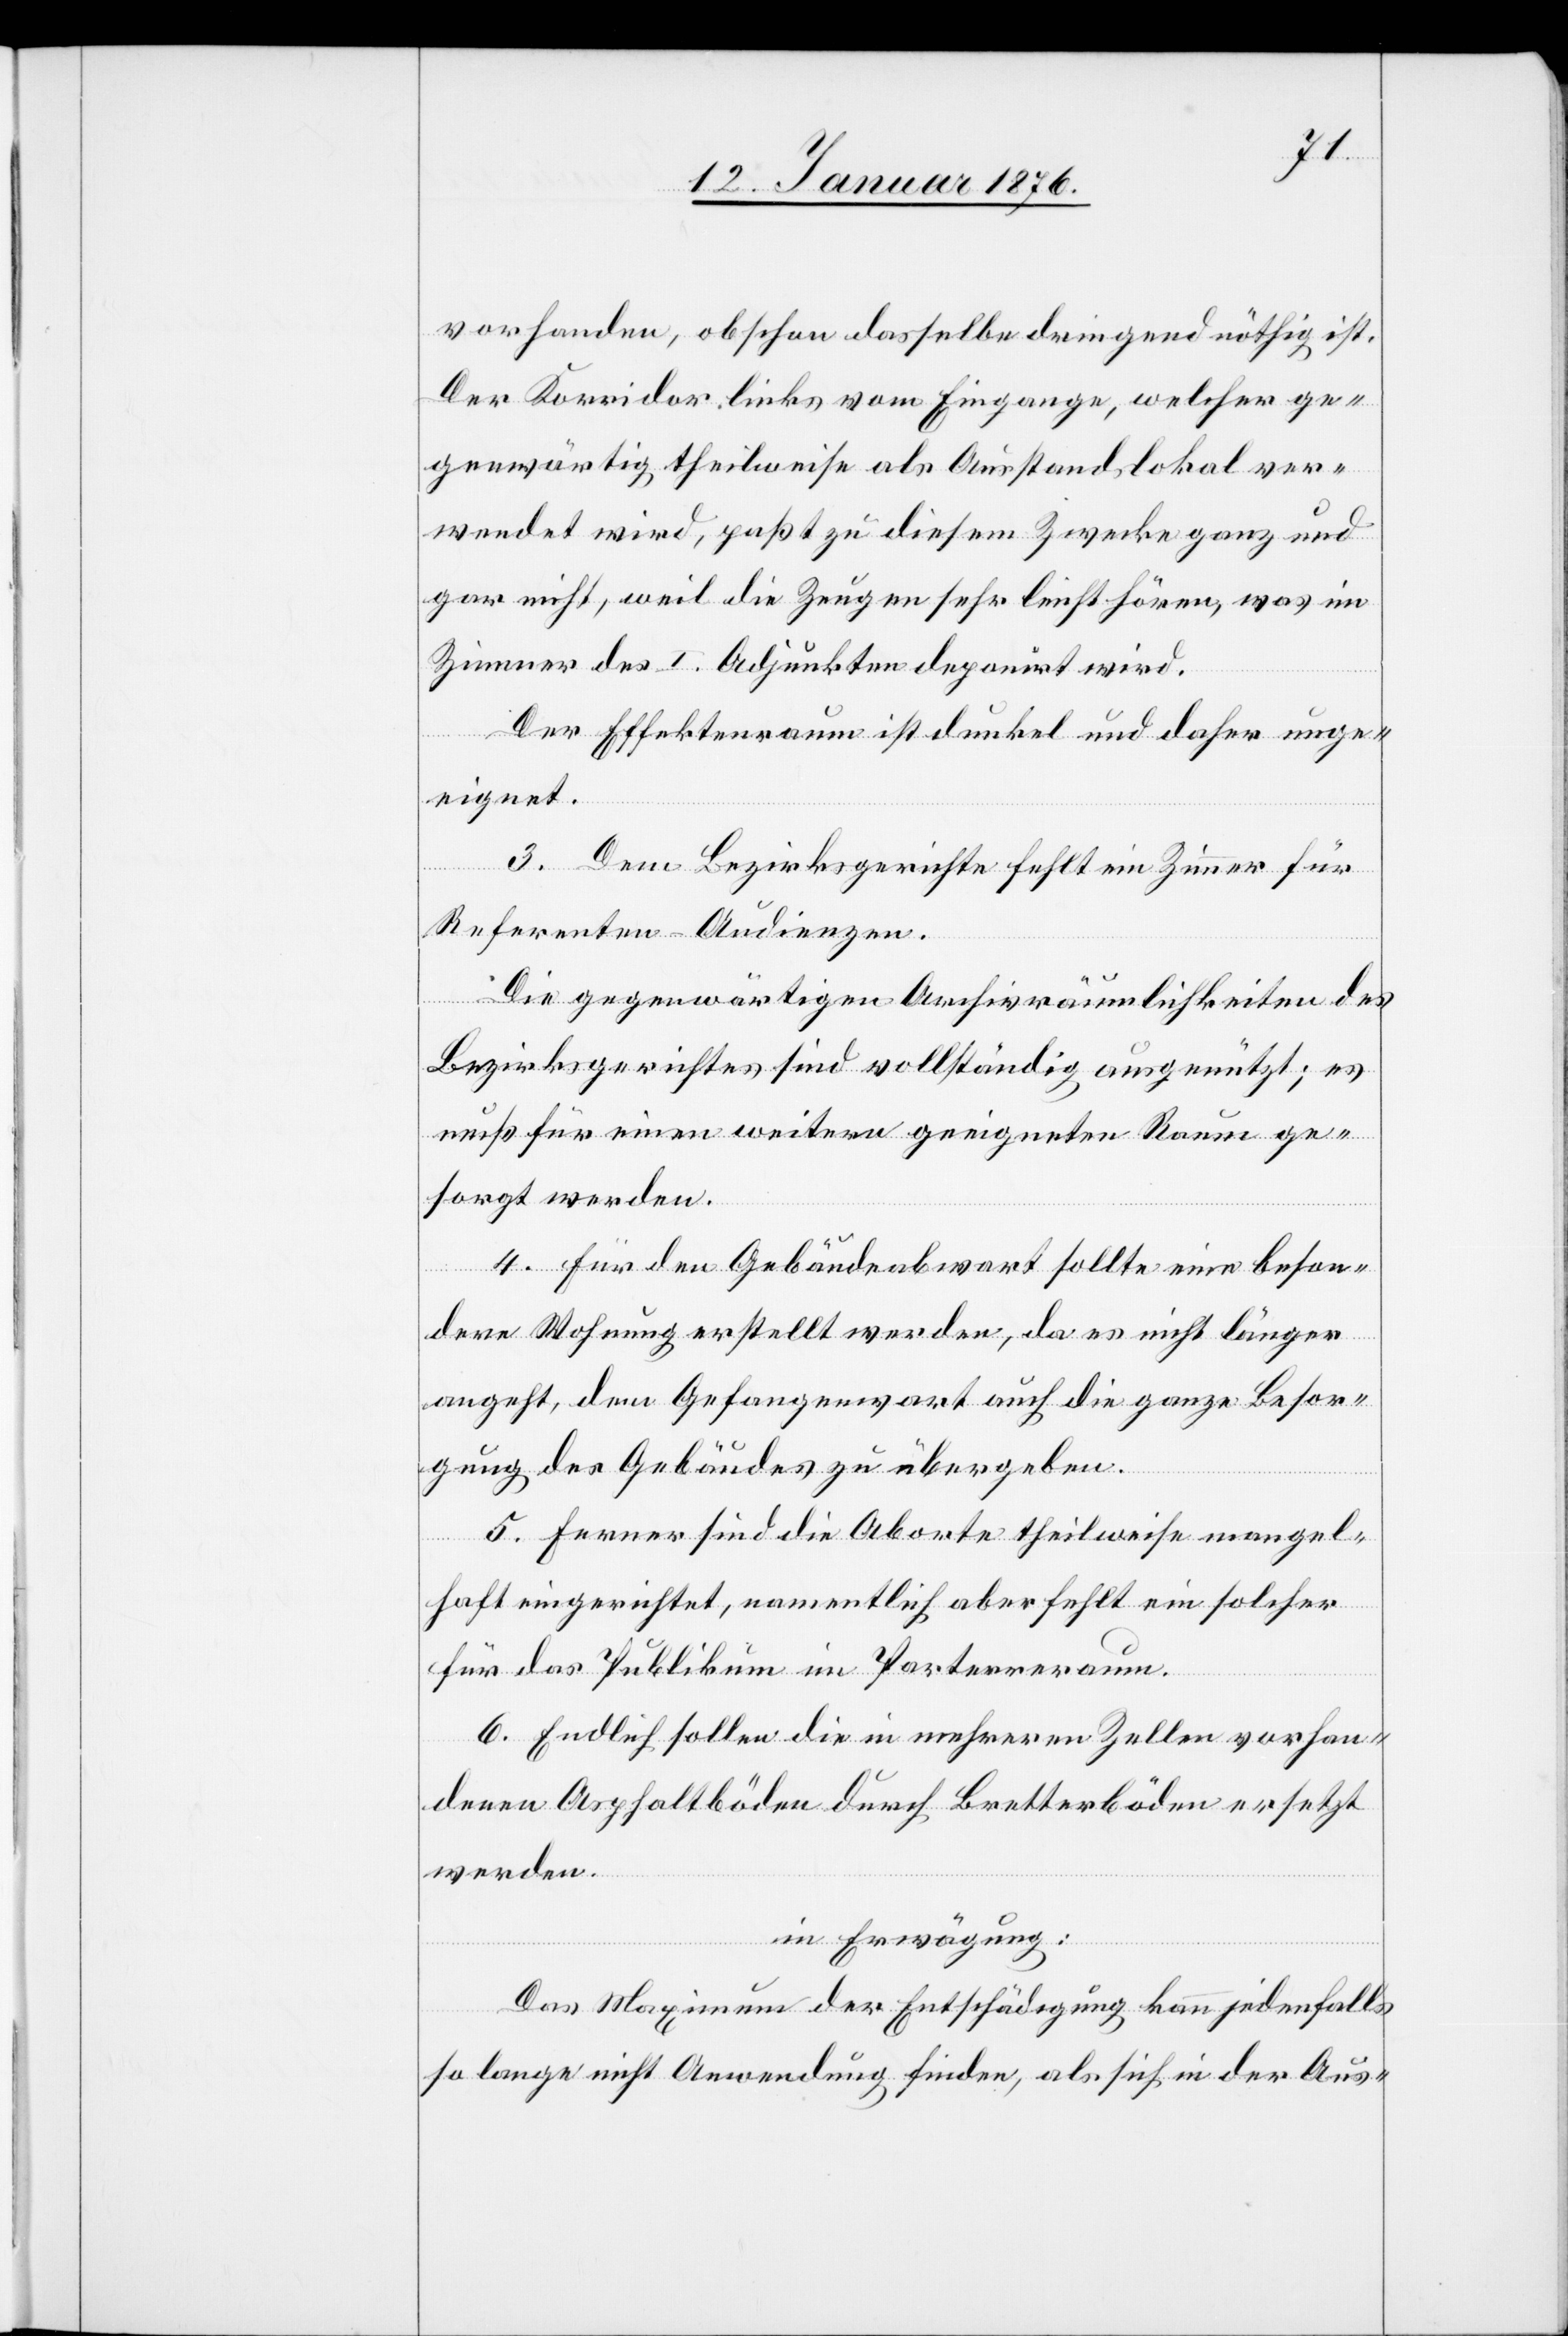
vorhanden, obschon dasselbe dringend nöthig ist.
Der Korridor links vom Eingange, welcher ge¬
genwärtig theilweise als Ausstandslokal ver¬
wendet wird, paßt zu diesem Zwecke ganz und
gar nicht, weil die Zeugen sehr leicht hören, was im
Zimmer des I. Adjunkten deponirt wird.
Der Effektenraum ist dunkel und daher unge¬
eignet.
3. Dem Bezirksgerichte fehlt ein Zimmer für
Referenten–Audienzen.
Die gegenwärtigen Archivräumlichkeiten des
Bezirksgerichtes sind vollständig ausgenützt; es
muß für einen weitern geeigneten Raum ge¬
sorgt werden.
4. Für den Gebäudeabwart sollte eine beson¬
dere Wohnung erstellt werden, da es nicht länger
angeht, dem Gefangenwart auch die ganze Besor¬
gung der Gebäude zu übergeben.
5. Ferner sind die Aborte theilweise mangel¬
haft eingerichtet, namentlich aber fehlt ein solcher
für das Publikum im Parterreraum.
6. Endlich sollen die in mehreren Zellen vorhan¬
denen Asphaltböden durch Bretterböden ersetzt
werden.
in Erwägung:
Das Maximum der Entschädigung kann jedenfalls
so lange nicht Anwendung finden, als sich in der Aus-